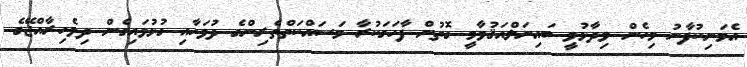
އެމަނިކުފާނު މިހެން ވިދާޅުވީ ބައިނަލްއަޤުވާމީ ގޮތުން ފާހަގަކުރާ މަސައްކަތްތެރިންގެ ދުވަހާއި ގުޅުވައިގެން ދިވެހިރާއްޖޭގެ